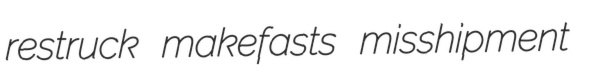
restruck makefasts misshipment